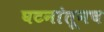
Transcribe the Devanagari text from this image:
घटनांतूनच